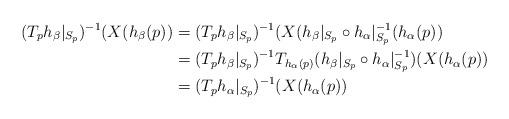
LaTeX: \begin{align*}(T_p h_\beta|_{S_p})^{-1}(X(h_\beta(p))&=(T_p h_\beta|_{S_p})^{-1}(X(h_\beta|_{S_p}\circ h_\alpha|_{S_p}^{-1}(h_\alpha(p))\\&=(T_p h_\beta|_{S_p})^{-1}T_{h_\alpha(p)}(h_\beta|_{S_p}\circ h_\alpha|_{S_p}^{-1})(X(h_\alpha(p))\\&=(T_p h_\alpha|_{S_p})^{-1}(X(h_\alpha(p))\end{align*}